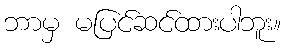
ဘာမှ မပြင်ဆင်ထားပါဘူး။